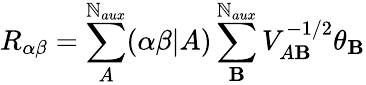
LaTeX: R_{\alpha\beta}=\sum_{A}^{\mathbb{N}_{aux}}(\alpha\beta|A)\sum_{\mathbf{B}}^{\mathbb{N}_{aux}}V_{A\mathbf{B}}^{-1/2}\theta_{\mathbf{B}}